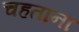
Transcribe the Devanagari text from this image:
चहताना